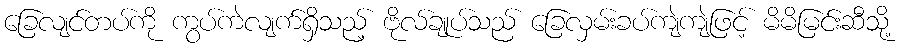
ခြေလျင်တပ်ကို ကွပ်ကဲလျက်ရှိသည့် ဗိုလ်ချုပ်သည် ခြေလှမ်းခပ်ကျဲကျဲဖြင့် မိမိမြင်းဆီသို့